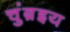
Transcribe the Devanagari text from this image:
चुंब़इय